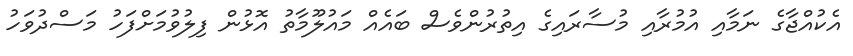
އެކުއްޖާގެ ނަމާއި އުމުރާއި މުސާރައިގެ އިތުރުންވެސް ބައެއް މައުލޫމާތު އޮޅުން ފިލުވުމަށްފަހު މަސްދުވަހު